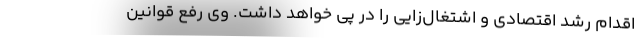
اقدام رشد اقتصادی و اشتغال‌زایی را در پی خواهد داشت. وی رفع قوانین